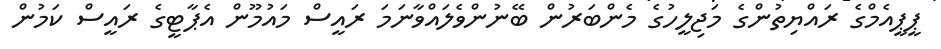
ޕީޕީއެމްގެ ރައްޔިތުންގެ މަޖިލީހުގެ މެންބަރުން ބޭނުންވެލައްވާނަމަ ރައީސް މައުމޫން އެޕާޓީގެ ރައީސް ކަމުން